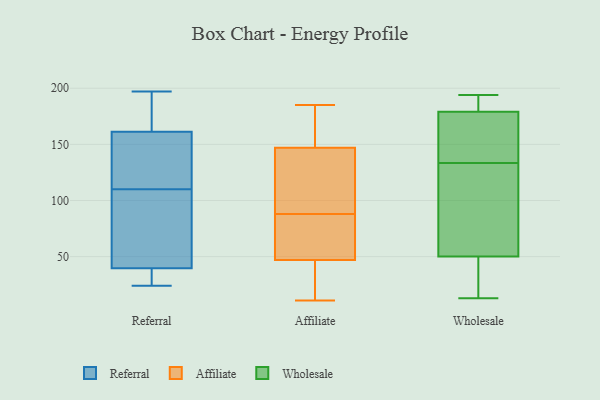
{"axis": {"x": "Backlog", "y": "Value"}, "legend": ["Affiliate", "Referral", "Wholesale"], "data": [{"x": "", "y": 38, "type": "Referral"}, {"x": "", "y": 45, "type": "Referral"}, {"x": "", "y": 32, "type": "Referral"}, {"x": "", "y": 24, "type": "Referral"}, {"x": "", "y": 162, "type": "Referral"}, {"x": "", "y": 110, "type": "Referral"}, {"x": "", "y": 197, "type": "Referral"}, {"x": "", "y": 159, "type": "Referral"}, {"x": "", "y": 159, "type": "Referral"}, {"x": "", "y": 178, "type": "Referral"}, {"x": "", "y": 94, "type": "Referral"}, {"x": "", "y": 182, "type": "Affiliate"}, {"x": "", "y": 93, "type": "Affiliate"}, {"x": "", "y": 147, "type": "Affiliate"}, {"x": "", "y": 58, "type": "Affiliate"}, {"x": "", "y": 22, "type": "Affiliate"}, {"x": "", "y": 13, "type": "Affiliate"}, {"x": "", "y": 102, "type": "Affiliate"}, {"x": "", "y": 185, "type": "Affiliate"}, {"x": "", "y": 135, "type": "Affiliate"}, {"x": "", "y": 82, "type": "Affiliate"}, {"x": "", "y": 151, "type": "Affiliate"}, {"x": "", "y": 11, "type": "Affiliate"}, {"x": "", "y": 47, "type": "Affiliate"}, {"x": "", "y": 83, "type": "Affiliate"}, {"x": "", "y": 13, "type": "Wholesale"}, {"x": "", "y": 84, "type": "Wholesale"}, {"x": "", "y": 179, "type": "Wholesale"}, {"x": "", "y": 169, "type": "Wholesale"}, {"x": "", "y": 98, "type": "Wholesale"}, {"x": "", "y": 194, "type": "Wholesale"}, {"x": "", "y": 50, "type": "Wholesale"}, {"x": "", "y": 28, "type": "Wholesale"}, {"x": "", "y": 184, "type": "Wholesale"}, {"x": "", "y": 174, "type": "Wholesale"}]}